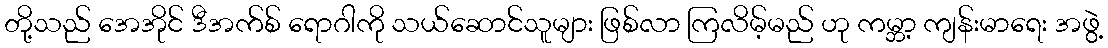
တို့သည် အေအိုင် ဒီအက်စ် ရောဂါကို သယ်ဆောင်သူများ ဖြစ်လာ ကြလိမ့်မည် ဟု ကမ္ဘာ့ ကျန်းမာရေး အဖွဲ့